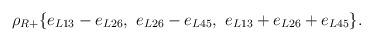
LaTeX: \begin{align*}\rho_{R+}\{e_{L13} - e_{L26}, \,\, e_{L26} - e_{L45}, \,\, e_{L13} + e_{L26} + e_{L45}\}.\end{align*}